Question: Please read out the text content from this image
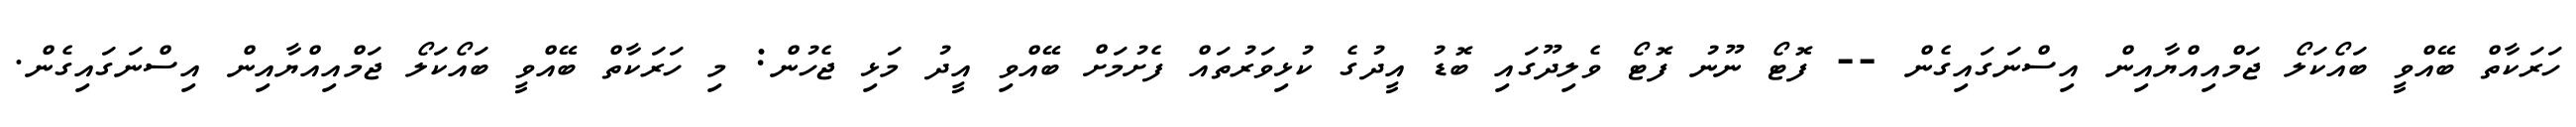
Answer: ހަރަކާތް ބޭއްވީ ބައޯކަލޯ ޖަމްއިއްޔާއިން އިސްނަގައިގެން -- ފޮޓޯ ނޫނު ފޮޓޯ ވެލިދޫގައި ބޮޑު އީދުގެ ކުޅިވަރުތައް ފެށުމަށް ބޭއްވި އީދު މަޅި ޖެހުން: މި ހަރަކާތް ބޭއްވީ ބައޯކަލޯ ޖަމްއިއްޔާއިން އިސްނަގައިގެން.